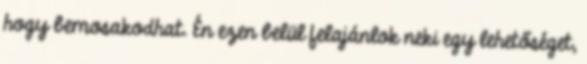
hogy bemosakodhat. Én ezen belül felajánlok neki egy lehetőséget,